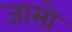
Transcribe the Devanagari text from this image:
जासो